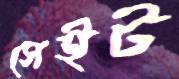
সেইট